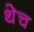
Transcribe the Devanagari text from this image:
थेच